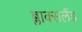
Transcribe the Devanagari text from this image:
ब्लाक्सलैंड